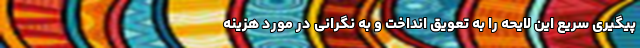
پیگیری سریع این لایحه را به تعویق انداخت و به نگرانی در مورد هزینه